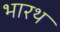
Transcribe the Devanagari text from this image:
भारथ